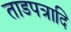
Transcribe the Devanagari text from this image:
ताडपत्रादि